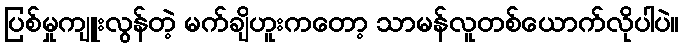
ပြစ်မှုကျူးလွန်တဲ့ မက်ချိဟူးကတော့ သာမန်လူတစ်ယောက်လိုပါပဲ။